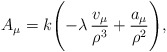
\begin{align*}A_\mu=k\Biggl(-\lambda\,\frac{v_\mu}{\rho^3}+\frac{a_\mu}{\rho^2}\Biggr),\end{align*}